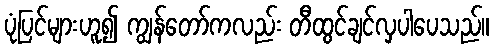
ပုံပြင်များဟူ၍ ကျွန်တော်ကလည်း တီထွင်ချင်လှပါပေသည်။